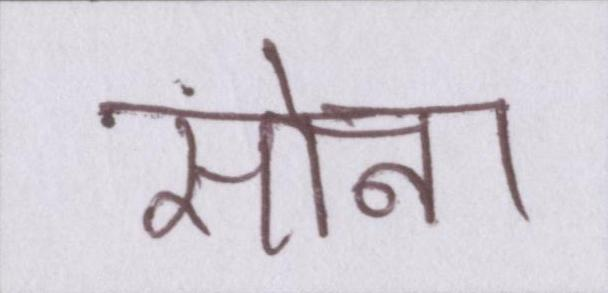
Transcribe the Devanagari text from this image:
सोना